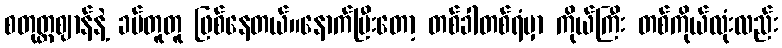
စတုတ္ထဈာန်နဲ့ ခပ်တူတူ ဖြစ်နေတယ်။နောက်ပြီးတော့ တစ်ခါတစ်ရံမှာ ကိုယ်ကြီး တစ်ကိုယ်လုံးလည်း